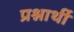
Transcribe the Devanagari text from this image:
प्रश्नार्थी